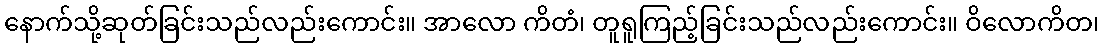
နောက်သို့ဆုတ်ခြင်းသည်လည်းကောင်း။ အာလော ကိတံ၊ တူရူကြည့်ခြင်းသည်လည်းကောင်း။ ဝိလောကိတ၊